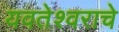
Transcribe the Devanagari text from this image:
यवतेश्वराचे